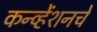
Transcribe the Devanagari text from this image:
कन्व्हेंशनचे